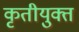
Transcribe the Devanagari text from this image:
कृतीयुक्त